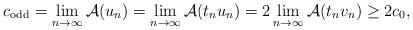
LaTeX: \begin{align*} c_{\mathrm{odd}} = \lim_{n \to \infty} \mathcal{A} (u_n) = \lim_{n \to \infty} \mathcal{A} (t_n u_n) = 2 \lim_{n \to \infty} \mathcal{A} (t_n v_n) \ge 2 c_0,\end{align*}